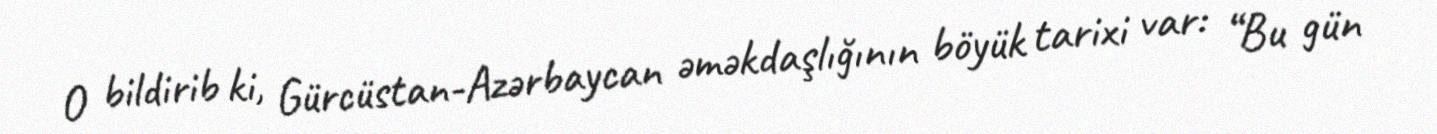
O bildirib ki, Gürcüstan-Azərbaycan əməkdaşlığının böyük tarixi var: “Bu gün